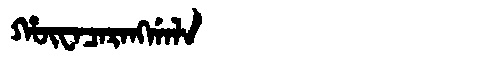
Manchu: ᡥᡡᠸᠠᠴᠠᡵᠠᠩᡤᠠᠯᠠ
Romanization: HŪWACARANGGALA